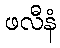
ဖလီနံ